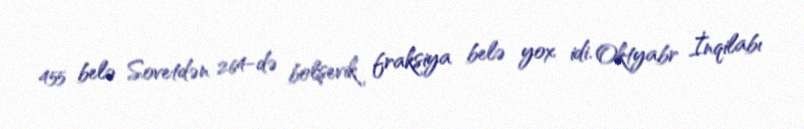
455 belə Sovetdən 264-də bolşevik fraksiya belə yox idi. Oktyabr İnqilabı